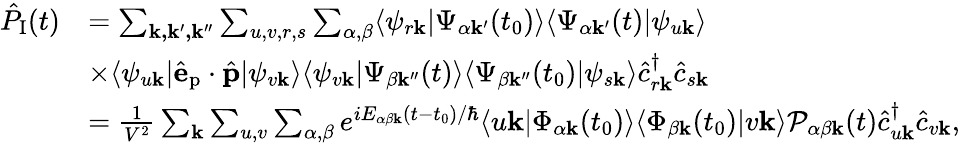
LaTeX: \begin{array}{rl}{\hat{P}_{\textrm{I}}(t)}&{=\sum_{\mathbf{k,k^{\prime},k^{\prime\prime}}}\sum_{u,v,r,s}\sum_{\alpha,\beta}\langle\psi_{r\mathbf{k}}|\Psi_{\alpha\mathbf{k^{\prime}}}(t_{0})\rangle\langle\Psi_{\alpha\mathbf{k^{\prime}}}(t)|\psi_{u\mathbf{k}}\rangle}\\ &{\times\langle\psi_{u\mathbf{k}}|\hat{\mathbf{e}}_{\textrm{p}}\cdot\hat{\mathbf{p}}|\psi_{v\mathbf{k}}\rangle\langle\psi_{v\mathbf{k}}|\Psi_{\beta\mathbf{k^{\prime\prime}}}(t)\rangle\langle\Psi_{\beta\mathbf{k^{\prime\prime}}}(t_{0})|\psi_{s\mathbf{k}}\rangle\hat{c}_{r\mathbf{k}}^{\dagger}\hat{c}_{s\mathbf{k}}}\\ &{=\frac{1}{V^{2}}\sum_{\mathbf{k}}\sum_{u,v}\sum_{\alpha,\beta}e^{iE_{\alpha\beta\mathbf{k}}(t-t_{0})/\hbar}\langle u\mathbf{k}|\Phi_{\alpha\mathbf{k}}(t_{0})\rangle\langle\Phi_{\beta\mathbf{k}}(t_{0})|v\mathbf{k}\rangle\mathcal{P}_{\alpha\beta\mathbf{k}}(t)\hat{c}_{u\mathbf{k}}^{\dagger}\hat{c}_{v\mathbf{k}},}\end{array}